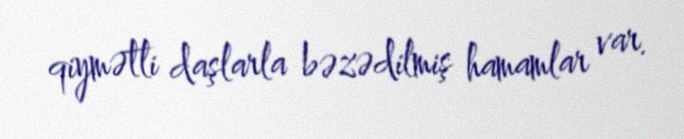
qiymətli daşlarla bəzədilmiş hamamlar var.